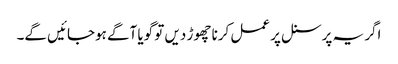
اگر یہ پرسنل پر عمل کرنا چھوڑ دیں تو گویا آگے ہوجائیں گے۔